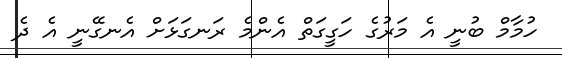
ހުމާމް ބުނީ އެ މަރުގެ ހަގީގަތް އެންމެ ރަނގަޅަށް އެނގޭނީ އެ ދެ